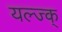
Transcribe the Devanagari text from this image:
यल्ज्क्